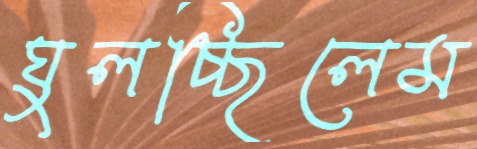
ঘুলচ্ছিলেম